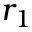
r _ { 1 }